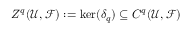
Z ^ { q } ( { \mathcal { U } } , { \mathcal { F } } ) : = \ker ( \delta _ { q } ) \subseteq C ^ { q } ( { \mathcal { U } } , { \mathcal { F } } )